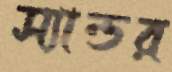
স্যান্ডর